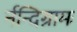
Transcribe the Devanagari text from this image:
र्नन्दिग्रामः